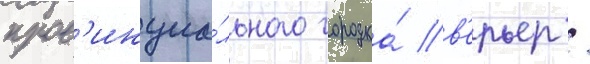
пров'инциа́льного городка́ в'ерьер /